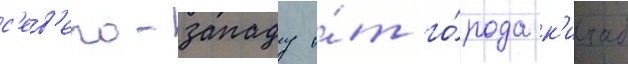
с'ев'еро-западу о́т го́рода к'итаб